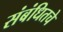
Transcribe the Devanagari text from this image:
संबंधितचे